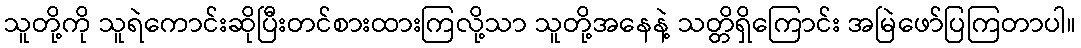
သူတို့ကို သူရဲကောင်းဆိုပြီးတင်စားထားကြလို့သာ သူတို့အနေနဲ့ သတ္တိရှိကြောင်း အမြဲဖော်ပြကြတာပါ။